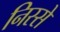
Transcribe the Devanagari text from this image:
निस्से